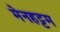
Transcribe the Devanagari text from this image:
मेनहट्टम